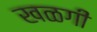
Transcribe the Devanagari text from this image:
खळगी